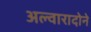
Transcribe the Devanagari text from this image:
अल्वारादोने